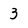
Character: 3